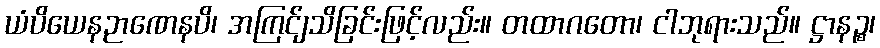
ယံပိယေနဉာဏေနပိ၊ အကြင်ျသိခြင်းဖြင့်လည်း။ တထာဂတော၊ ငါဘုရားသည်။ ဋ္ဌာနဉ္စ၊